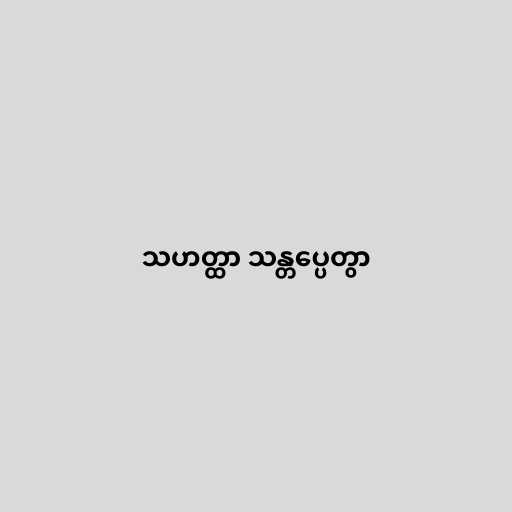
သဟတ္ထာ သန္တပ္ပေတွာ